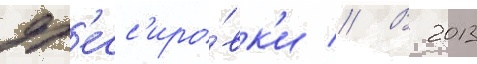
др'есс'иро́вк'и // В 2013